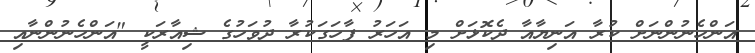
އަންހެނުންނަށް ކުރާ އަނިޔާއާ ދެކޮޅަށް މި އަހަރު ފާހަގަކުރާ ދުވަހުގެ ޝިއާރަކީ "އަންހެނުންނާއި